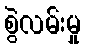
စွဲလမ်းမှု